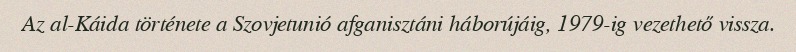
Az al-Káida története a Szovjetunió afganisztáni háborújáig, 1979-ig vezethető vissza.